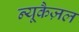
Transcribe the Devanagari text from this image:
न्यूकैज़ल